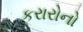
કરારોનો